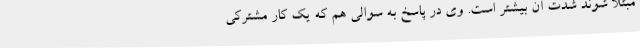
مبتلا شوند شدت آن بیشتر است. وی در پاسخ به سوالی هم که یک کار مشترکی